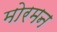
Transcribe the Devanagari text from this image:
मोरमन